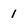
Character: 1